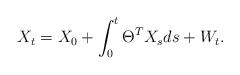
LaTeX: \begin{align*}X_t = X_0 + \int_0^t \Theta^T X_s ds + W_t.\end{align*}